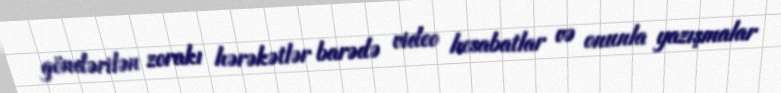
göndərilən zorakı hərəkətlər barədə video hesabatlar və onunla yazışmalar